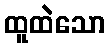
ထူထဲသော